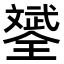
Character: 𣁦